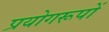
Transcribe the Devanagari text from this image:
प्रयोगरूपों